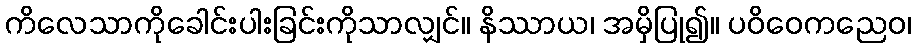
ကိလေသာကိုခေါင်းပါးခြင်းကိုသာလျှင်။ နိဿာယ၊ အမှိပြု၍။ ပဝိဝေကညေဝ၊